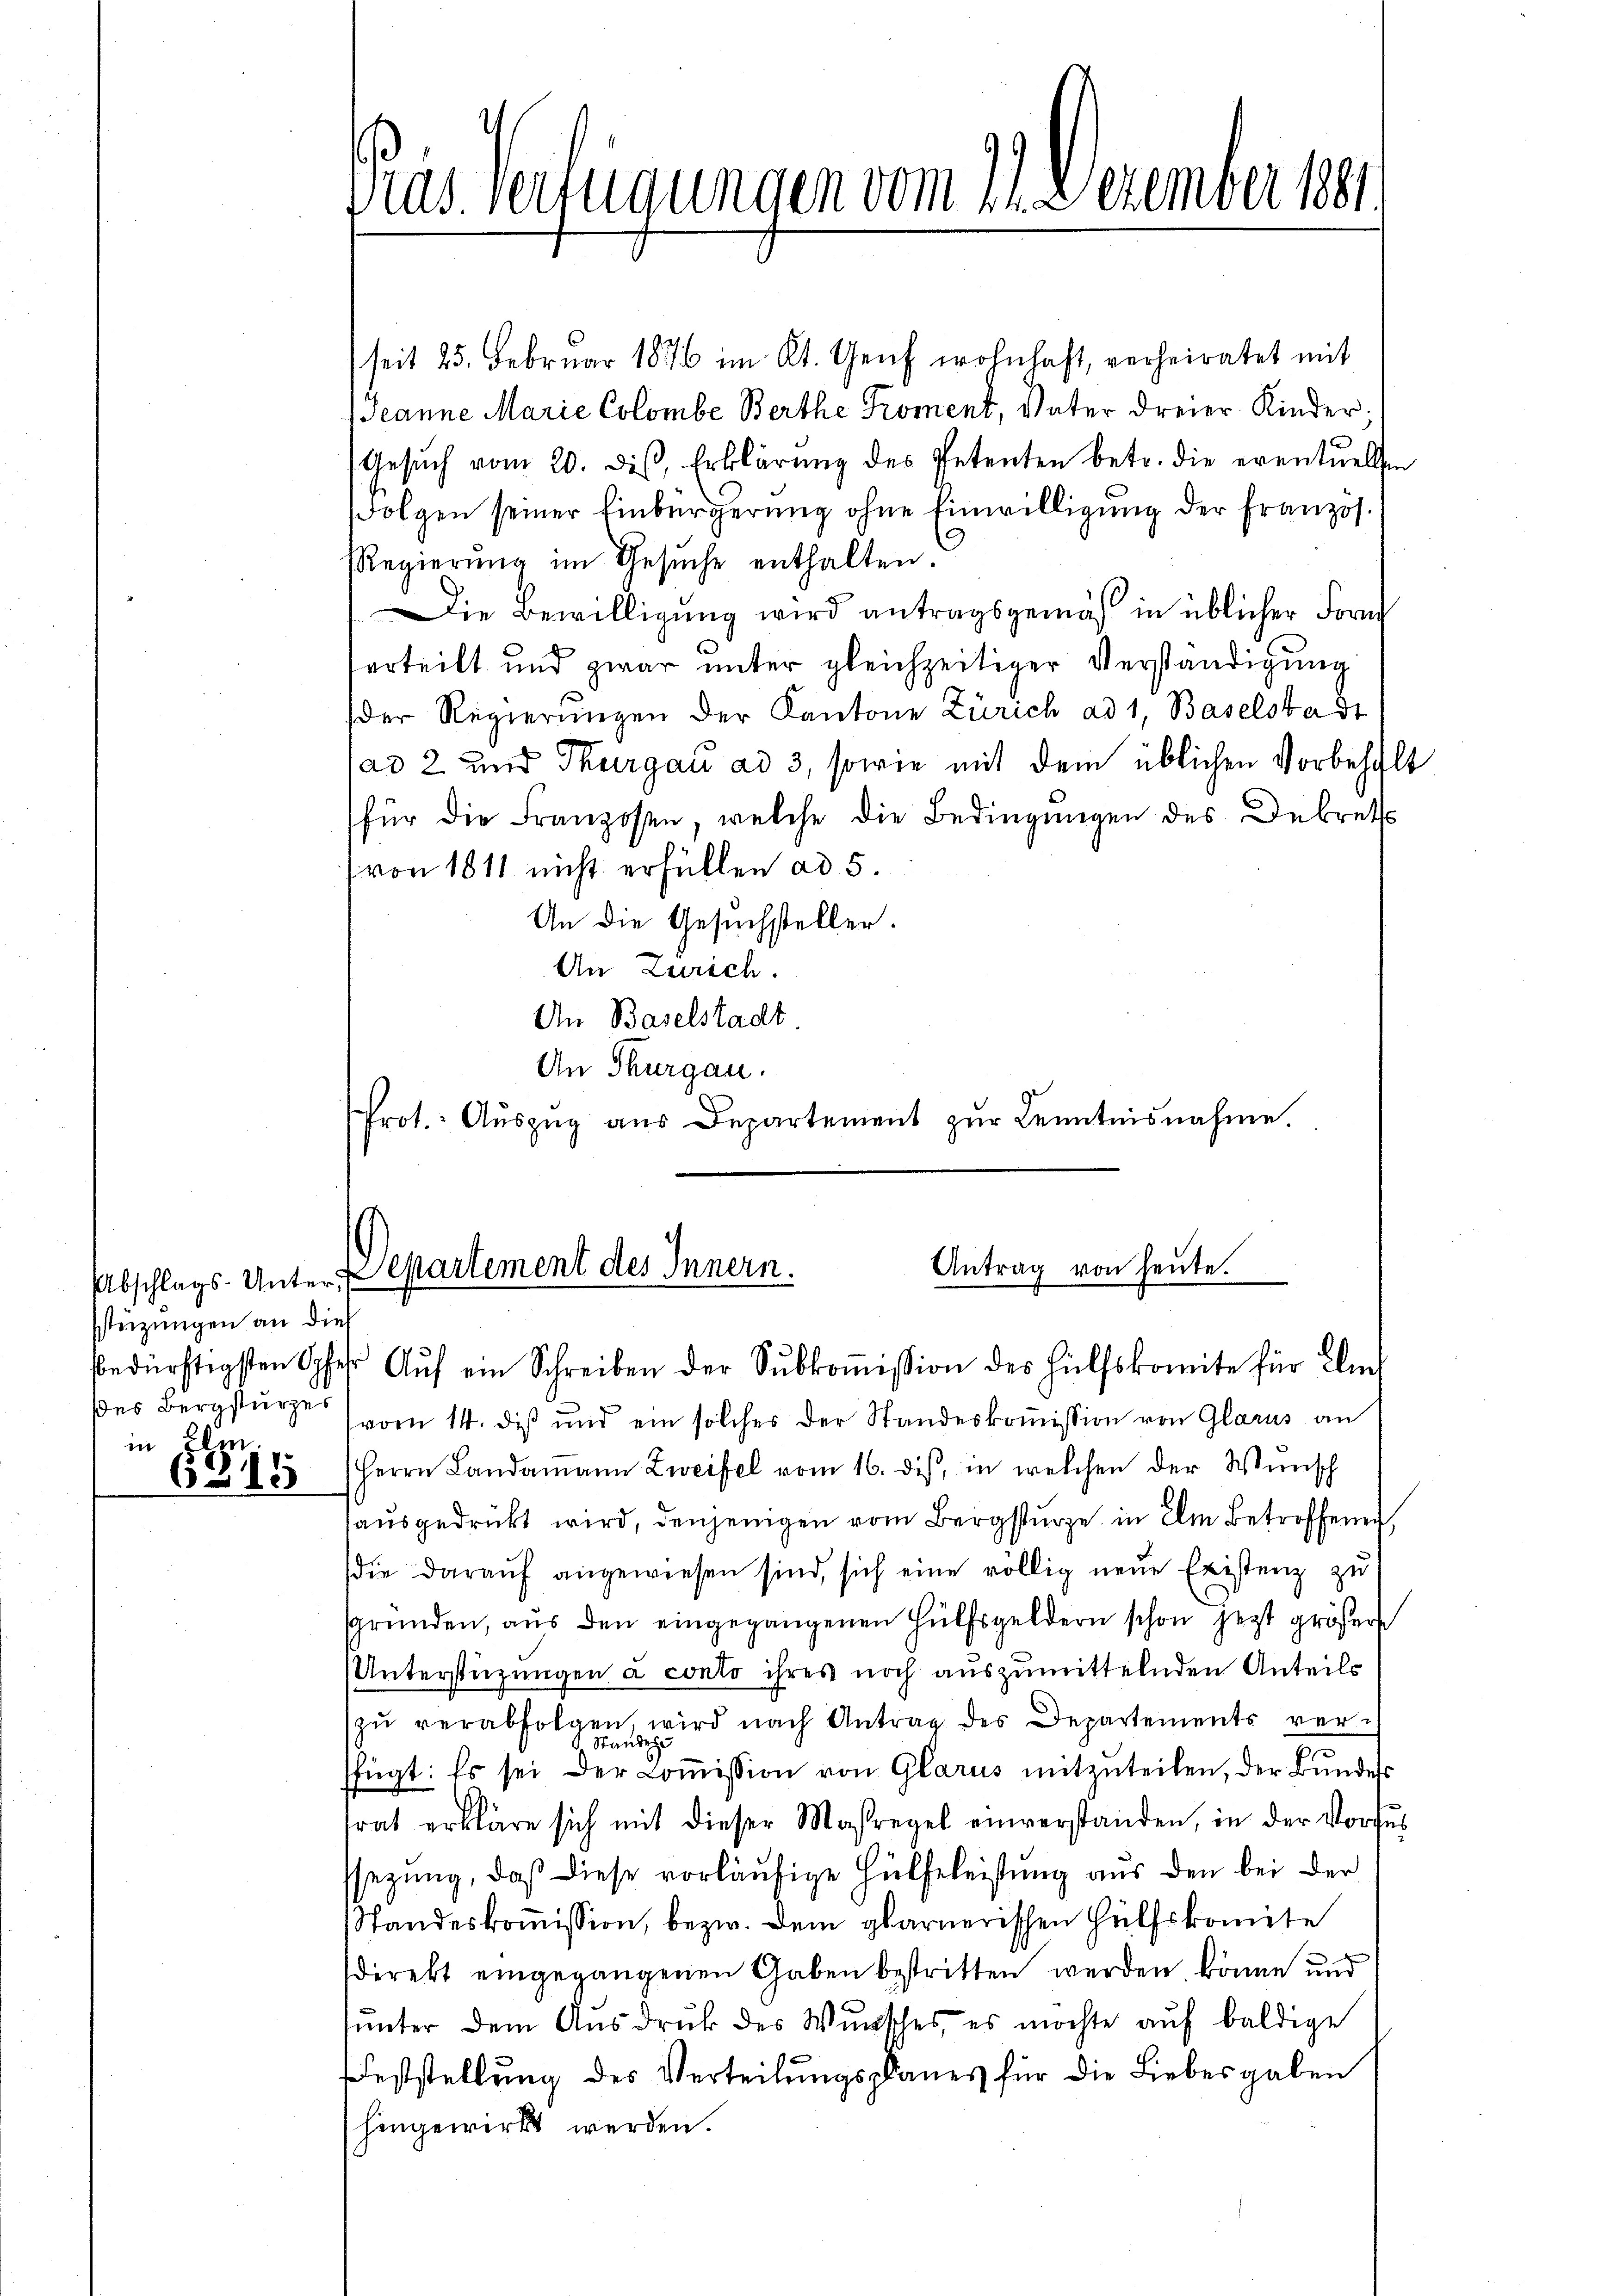
stüzungen an dies
des Bergsturzes
in Ehe.

615

seit 25. Februar 1876 im Kt. Genf wohnhaft, verheiratet mit
Jeanne Marie Colombe Berthe Proment, Vater dreier Kinder,
Gesŭch vom 20. dis, Erklärŭng des Petenten betr. die eventuellen
Folgen seiner Einbürgerung ohne Einwilligung der Französ.
RRegierŭng im Gesŭche enthalten.
Die Bewilligung wird antragsgemäß in üblicher Form
erteilt und zwar unter gleichzeitiger Verständigung
der Regierŭngen der Kantone Zürich ad 1, Baselstadt
ad 2 und Thurgau ad 3, sowie mit dem üblichen Vorbehalt
für die Franzosen, welche die Bedingungen des Dekrets
von 1811 nicht erfüllen ad 5.
An die Gesuchsteller.
An Zürich.
An Baselstadt
An Thurgau.
Prot. Aŭszŭg aŭs Departement zŭr Kenntnisnahme.

vom 14. des und ein solcher der Standeskommission von Glarus an
Herrn Landamann Zweifel vom 16. dis, in welchen der Wünsch
ausgedrückt wird, denjenigen vom Bergsturze in im Betroffen,
die daraŭf angewiesen sind, sich eine völlig neue Existenz zu
sgründen, aus den eingegangenen Hülfsgeldern schon jetzt größer
Unterstüzungen a conto ihres noch auszumittelnden Anteils
zŭ verabfolgen, wird nach Antrag des Departements ver-
Standes
ffügt: Es sei der Coṁission von Glarus mitzŭteilen, der Bŭndess
srat erkläre sich mit dieser Maßregel einverstanden, in der Vorfŭs
ssezung, daß diese vorläufige Hülfeleistung aus den bei der
Standeskoṁission, bezw. dem glarnerischen Hülfskomite
direkt eingegangenen Gaben bestritten werden könne und
ŭnter dem Ausdruck des Wunsches, es möchte aŭf baldige
Feststellung des Verteilungsanes für die Liebesgaben
hingewirkt werden.

ias Verfügungen vom 21. Dezember 1891

Antrag von heŭte.
2.
Abschlags-Unter Departement des Innern
bedürftigsten Opfer. Aŭf ein Schreiben der Sŭbkoṁission des Hülfskomite für En